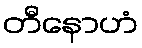
တီနောဟံ